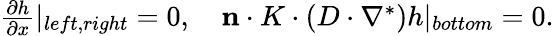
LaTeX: \begin{array}{r}{\frac{\partial h}{\partial x}|_{left,right}=0,\quad\mathbf{n}\cdot K\cdot(D\cdot\nabla^{*})h|_{bottom}=0.}\end{array}